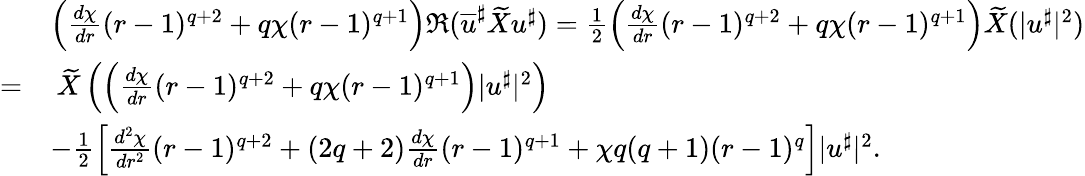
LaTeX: \begin{array}{rl}&{\left(\frac{d\chi}{dr}(r-1)^{q+2}+q\chi(r-1)^{q+1}\right)\Re(\overline{{u}}^{\sharp}\widetilde{X}u^{\sharp})=\frac{1}{2}\left(\frac{d\chi}{dr}(r-1)^{q+2}+q\chi(r-1)^{q+1}\right)\widetilde{X}(|u^{\sharp}|^{2})}\\ {=}&{\: \widetilde{X}\left(\left(\frac{d\chi}{dr}(r-1)^{q+2}+q\chi(r-1)^{q+1}\right)|u^{\sharp}|^{2}\right)}\\ &{-\frac{1}{2}\left[\frac{d^{2}\chi}{dr^{2}}(r-1)^{q+2}+(2q+2)\frac{d\chi}{dr}(r-1)^{q+1}+\chi q(q+1)(r-1)^{q}\right]|u^{\sharp}|^{2}.}\end{array}